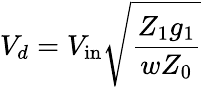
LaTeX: V_{d}=V_{\mathrm{in}}\sqrt{\frac{Z_{1}g_{1}}{wZ_{0}}}